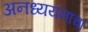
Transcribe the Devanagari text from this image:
अनध्ययनाचा